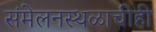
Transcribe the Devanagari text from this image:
संमेलनस्थळाचीही